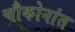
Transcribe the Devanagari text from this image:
चौकोनांत